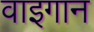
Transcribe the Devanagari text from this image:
वाइगान